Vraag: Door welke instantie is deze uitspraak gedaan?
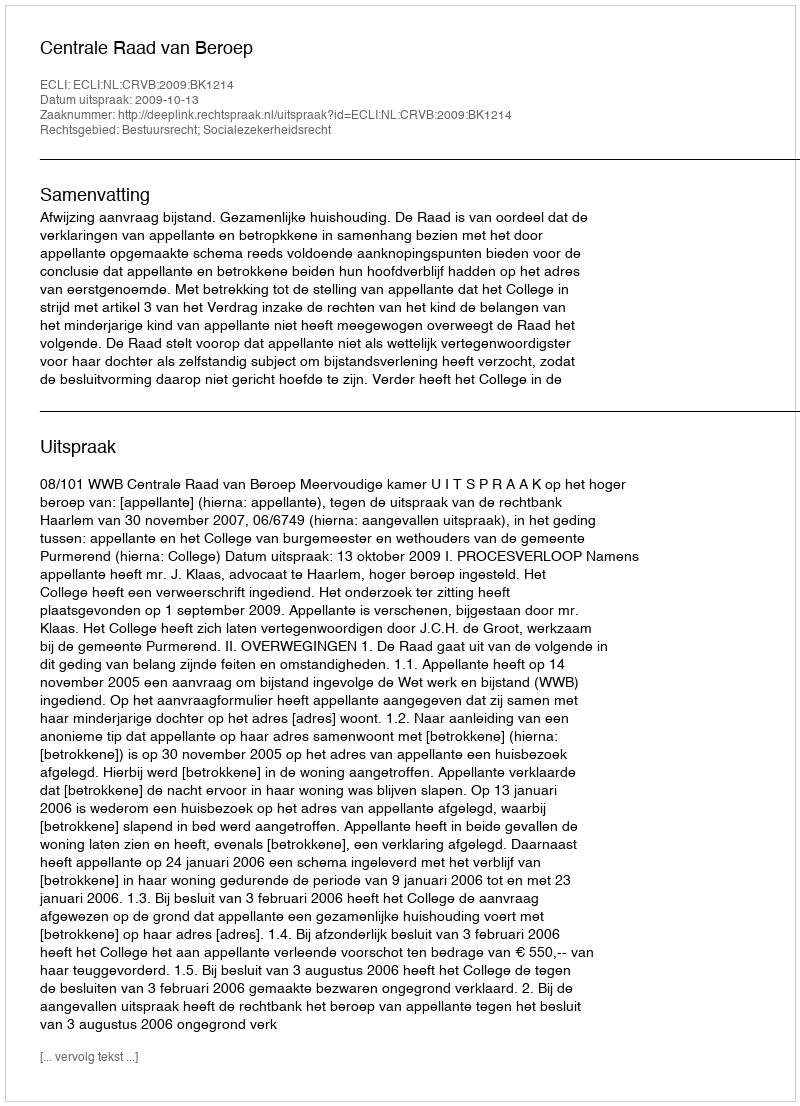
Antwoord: Centrale Raad van Beroep